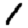
Digit: 1